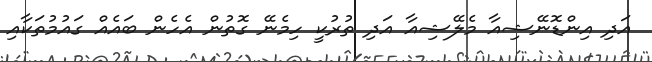
އަދި އިންޑޮނޭޝިއާ މެލޭޝިއާ އަދި ތުރުކީ ހިމެނޭ ގޮތުން އެހެން ބައެއް ގައުމުތަކާއި